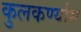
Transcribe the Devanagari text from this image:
कुलकर्ण्यास